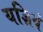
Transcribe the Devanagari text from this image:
यज्ञियं